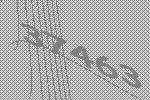
37463